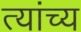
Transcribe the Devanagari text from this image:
त्यांच्य